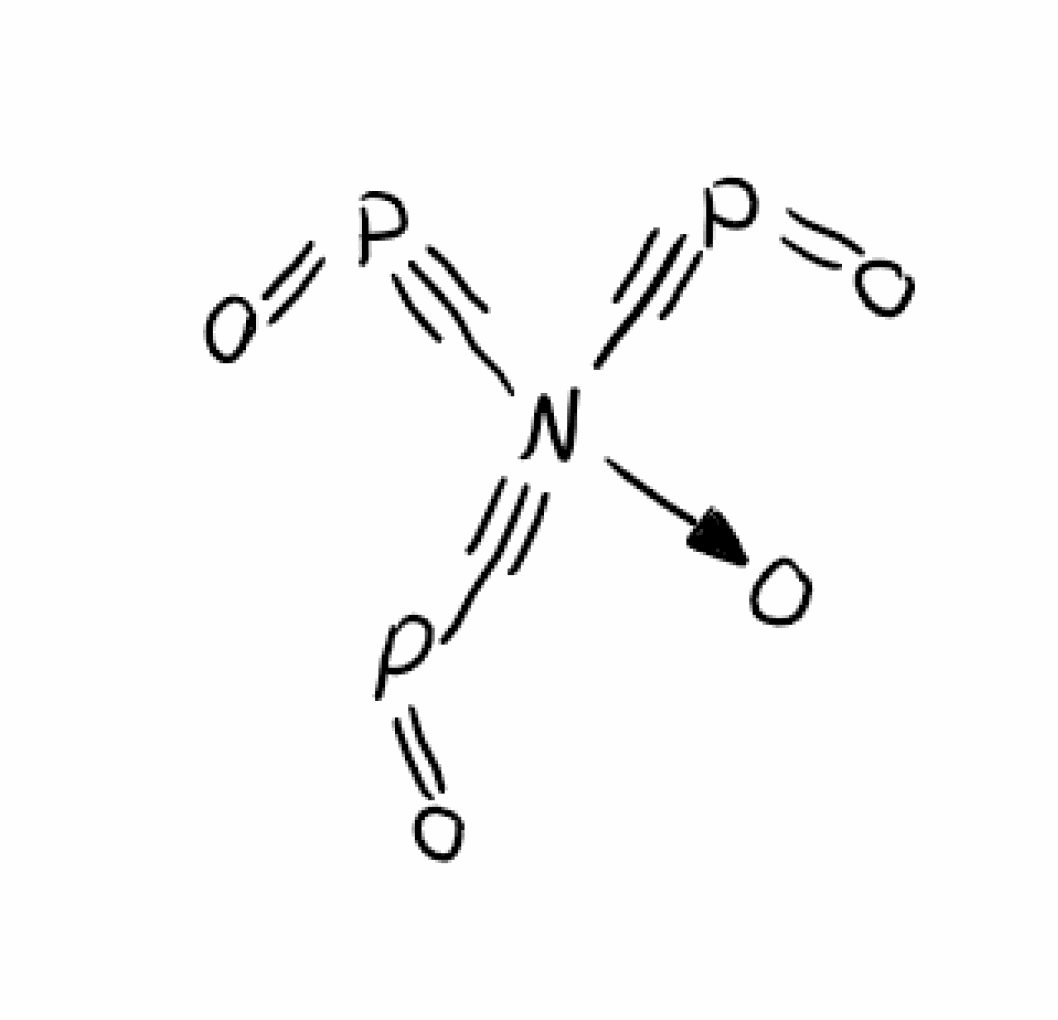
Simplified molecular-input line-entry system (SMILES) notation of the given molecule:
C(#P=O)[N+](C#P=O)(C#P=O)[O-]